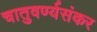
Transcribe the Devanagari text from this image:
चातुवर्ण्यसंकर